Indian journal of veterinary science and animal husbandry - Volume 3,
Year: 1933
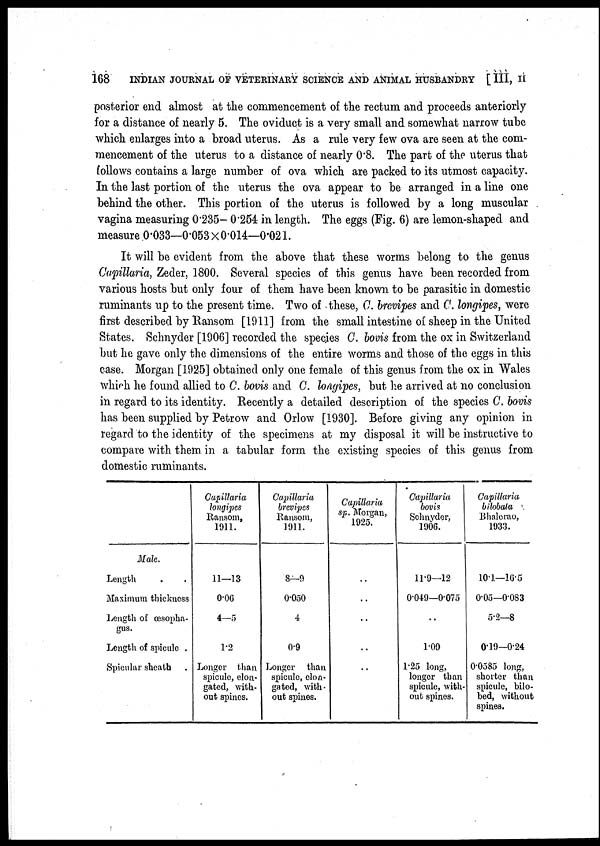
168
INDIAN JOURNAL OF VETERINARY SCIENCE AND ANIMAL HUSBANDRY [ III, II
posterior end almost at the commencement of the rectum and proceeds anteriorly
for a distance of nearly 5. The oviduct is a very small and somewhat narrow tube
which enlarges into a broad uterus. As a rule very few ova are seen at the com-
mencement of the uterus to a distance of nearly 0.8. The part of the uterus that
follows contains a large number of ova which are packed to its utmost capacity.
In the last portion of the uterus the ova appear to be arranged in a line one
behind the other. This portion of the uterus is followed by a long muscular
vagina measuring 0.235- 0.254 in length. The eggs (Fig. 6) are lemon-shaped and
measure 0.033—0.053 × 0.014—0.021.
It will be evident from the above that these worms belong to the genus
Capillaria, Zeder, 1800. Several species of this genus have been recorded from
various hosts but only four of them have been known to be parasitic in domestic
ruminants up to the present time. Two of these, C. brevipes and C. longipes, were
first described by Ransom [1911] from the small intestine of sheep in the United
States. Schnyder [1906] recorded the species C. bovis from the ox in Switzerland
but he gave only the dimensions of the entire worms and those of the eggs in this
case. Morgan [1925] obtained only one female of this genus from the ox in Wales
which he found allied to C. bovis and C. loagipes, but he arrived at no conclusion
in regard to its identity. Recently a detailed description of the species C. bovis
has been supplied by Petrow and Orlow [1930]. Before giving any opinion in
regard to the identity of the specimens at my disposal it will be instructive to
compare with them in a tabular form the existing species of this genus from
domestic ruminants.
Male.
Length . .
Maximum thickness
Length of œsopha-
gus.
Length of spicule .
Spicular sheath .
Capillaria
longipes
Ransom,
1911.
11—13
0.06
4—5
1.2
Longer than
spicule, elon-
gated, with-
out spines.
Capillaria
brevipes
Ransom,
1911.
8—9
0.050
4
0.9
Longer than
spicule, elon-
gated, with-
out spines.
Capillaria
sp. Morgan,
1925.
..
..
..
..
..
Capillaria
bovis
Schnyder,
1906.
11.9—12
0.049—0.075
..
1.09
1.25 long,
longer than
spicule, with-
out spines.
Capillaria
bilobata
Bhalerao,
1933.
10.1—16.5
0.05—0.083
5.2—8
0.19—0.24
0.0585 long,
shorter than
spicule, bilo¬
bed, without
spines.